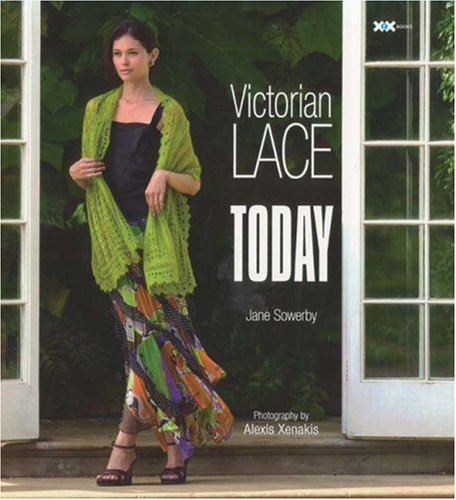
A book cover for Victorian Lace Today; Jane Sowerby; Crafts, Hobbies & Home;